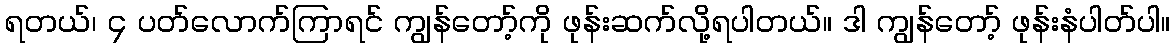
ရတယ်၊ ၄ ပတ်လောက်ကြာရင် ကျွန်တော့်ကို ဖုန်းဆက်လို့ရပါတယ်။ ဒါ ကျွန်တော့် ဖုန်းနံပါတ်ပါ။